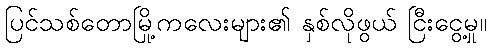
ပြင်သစ်တောမြို့ကလေးများ၏ နှစ်လိုဖွယ် ငြီးငွေ့မှု။